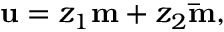
\mathbf { u } = z _ { 1 } \mathbf { m } + z _ { 2 } \mathbf { \bar { m } } ,